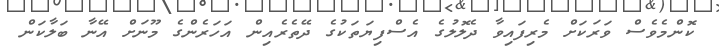
ކޮންމެވެސް ވަރަކަށް މެރިފައިވާ ދެލޮލުގެ އެސްފިޔަތަކުގެ ދޭތެރެއިން އަހަރެންގެ މޫނަށް އޭނާ ބަލާކަން